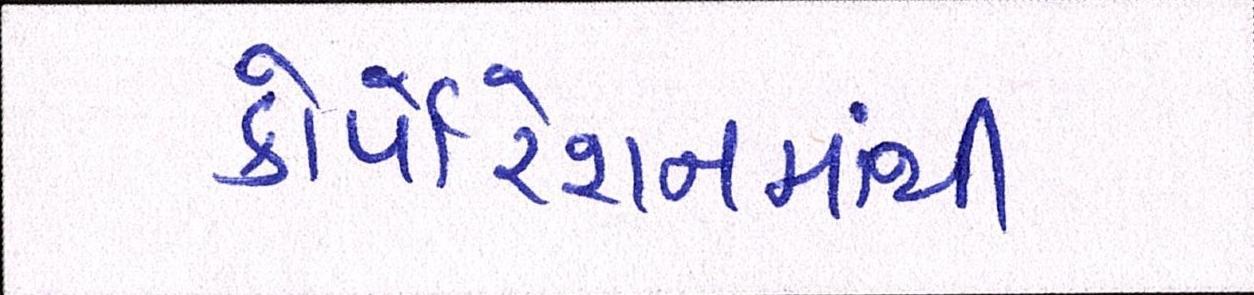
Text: કોર્પોરેશનમાંથી